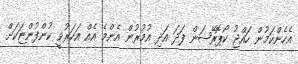
އެހެންކަމުން ހައްޖު ކޯޕޮރޭޝަން ފަދަ އަދި އުމުރުން އެންމެ އެއް އަހަރުވީ ކުންފުންޏަކަށް